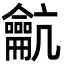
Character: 䶳